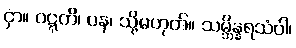
ငှာ။ ဝဋ္ဋတိ၊ ပန၊ သို့မဟုတ်။ သမ္ဘိန္နရသံဝါ၊